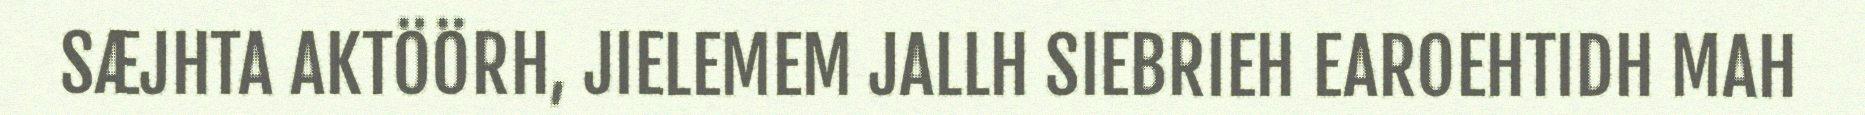
SÆJHTA AKTÖÖRH, JIELEMEM JALLH SIEBRIEH EAROEHTIDH MAH